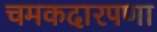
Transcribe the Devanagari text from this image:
चमकदारपणा